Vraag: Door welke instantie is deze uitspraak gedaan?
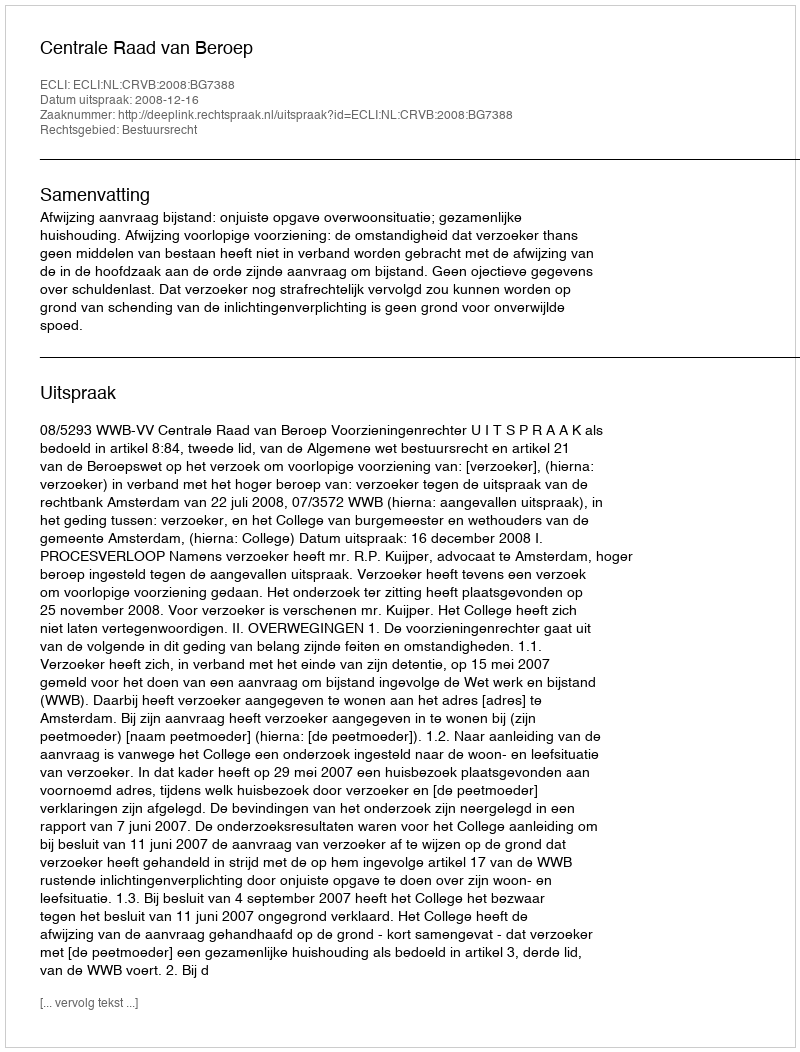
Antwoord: Centrale Raad van Beroep